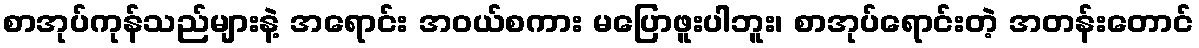
စာအုပ်ကုန်သည်များနဲ့ အရောင်း အဝယ်စကား မပြောဖူးပါဘူး၊ စာအုပ်ရောင်းတဲ့ အတန်းတောင်